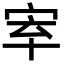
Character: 𡧵